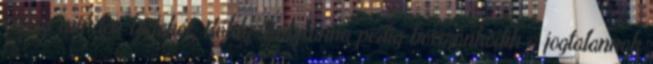
vissza minden birtokát, Káldy Zsuzsanna pedig bosszankodik a jogtalannak